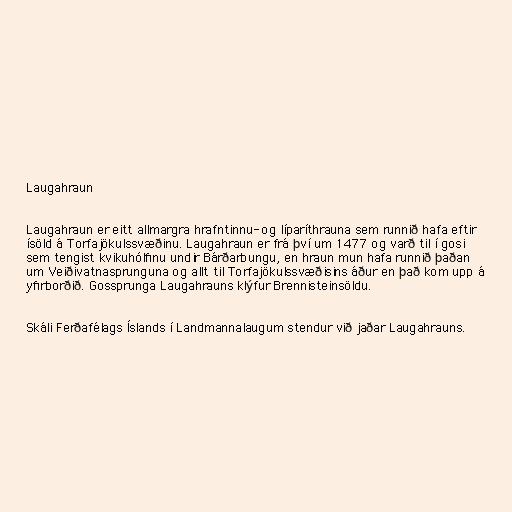
Laugahraun

Laugahraun er eitt allmargra hrafntinnu- og líparíthrauna sem runnið hafa eftir
ísöld á Torfajökulssvæðinu. Laugahraun er frá því um 1477 og varð til í gosi
sem tengist kvikuhólfinu undir Bárðarbungu, en hraun mun hafa runnið þaðan
um Veiðivatnasprunguna og allt til Torfajökulssvæðisins áður en það kom upp á
yfirborðið. Gossprunga Laugahrauns klýfur Brennisteinsöldu.

Skáli Ferðafélags Íslands í Landmannalaugum stendur við jaðar Laugahrauns.